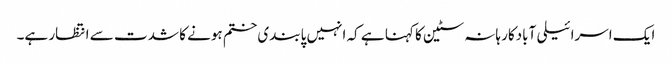
ایک اسرائیلی آبادکار ہانہ سٹین کا کہنا ہے کہ انہیں پابندی ختم ہونے کا شدت سے انتظار ہے۔